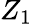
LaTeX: Z_{1}